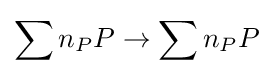
\sum n_{P}P\to \sum n_{P}P